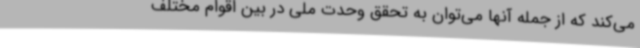
می‌کند که از جمله آنها می‌توان به تحقق وحدت ملی در بین اقوام مختلف